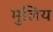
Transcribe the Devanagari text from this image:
मुलिय